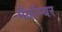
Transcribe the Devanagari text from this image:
मॅकॉम्बर